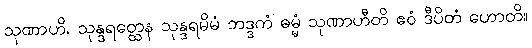
သုဏာဟိ, သုန္ဒရတ္ထေန သုန္ဒရမိမံ ဘဒ္ဒကံ ဓမ္မံ သုဏာဟီတိ ဧဝံ ဒီပိတံ ဟောတိ။